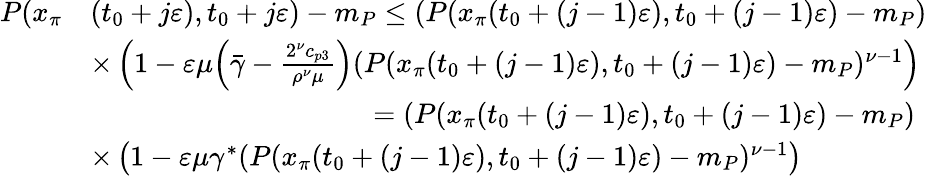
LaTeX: \begin{array}{rl}{P(x_{\pi}}&{(t_{0}+j\varepsilon),t_{0}+j\varepsilon)-m_{P}\le(P(x_{\pi}(t_{0}+(j-1)\varepsilon),t_{0}+(j-1)\varepsilon)-m_{P})}\\ &{\times\left(1-\varepsilon\mu\Big(\bar{\gamma}-\frac{2^{\nu}c_{p3}}{\rho^{\nu}\mu}\Big)(P(x_{\pi}(t_{0}+(j-1)\varepsilon),t_{0}+(j-1)\varepsilon)-m_{P})^{\nu-1}\right)}\\ &{\qquad\qquad\qquad\qquad\qquad=(P(x_{\pi}(t_{0}+(j-1)\varepsilon),t_{0}+(j-1)\varepsilon)-m_{P})}\\ &{\times\left(1-\varepsilon\mu\gamma^{*}(P(x_{\pi}(t_{0}+(j-1)\varepsilon),t_{0}+(j-1)\varepsilon)-m_{P})^{\nu-1}\right)}\end{array}